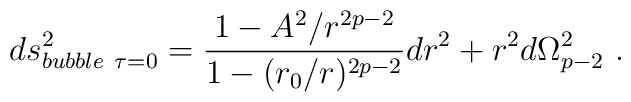
ds^2_{bubble \ \tau=0} = \frac{1-A^2/r^{2p-2}}{1-(r_0/r)^{2p-2}}dr^2 + r^2  d\Omega_{p-2}^2 \ .